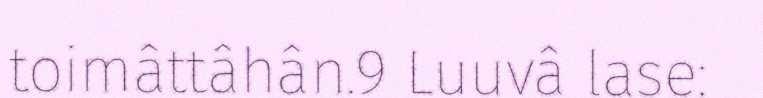
toimâttâhân.9 Luuvâ lase: